65_HS1-834228961_62-HQ-83894_SUB_A
Agency: FBI
Page 69
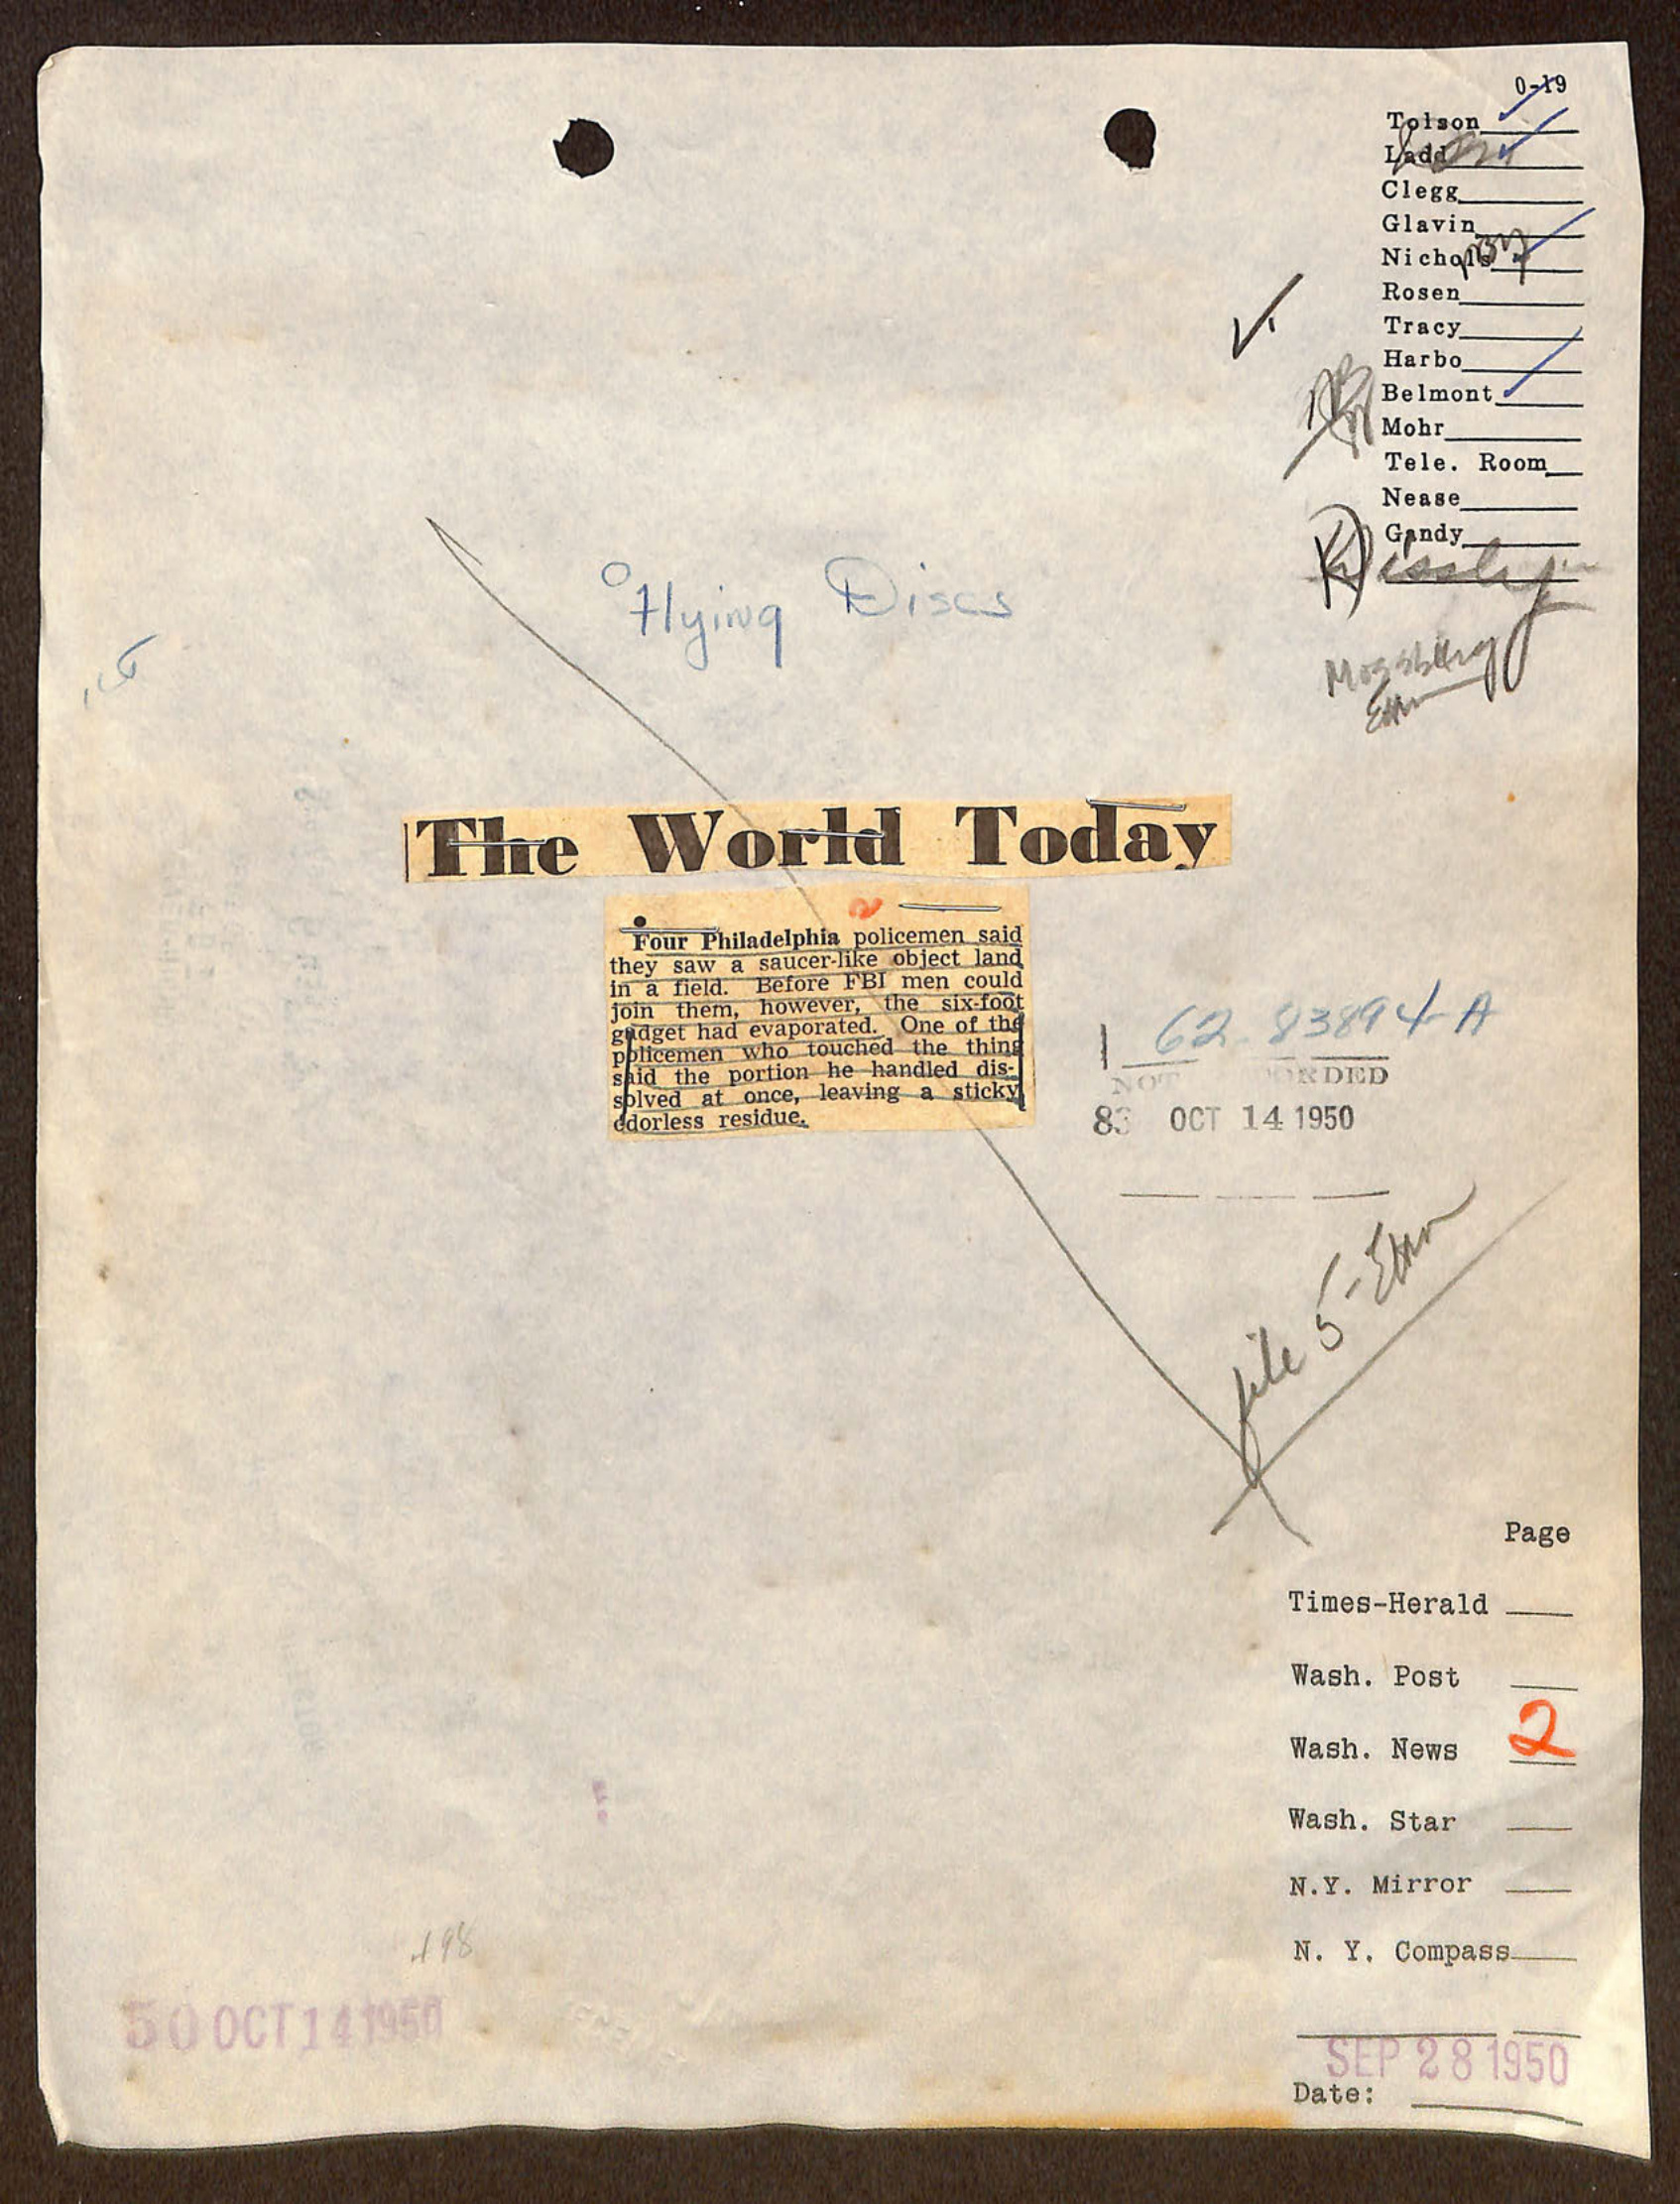